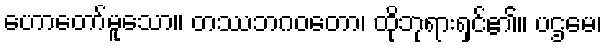
ဟောတော်မူသော။ တဿဘဂဝတော၊ ထိုဘုရားရှင်၏။ ပဌမေ၊